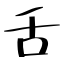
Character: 舌